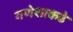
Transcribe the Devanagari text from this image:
गणेशाकडे